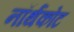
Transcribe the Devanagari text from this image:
नॉर्थकोट